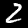
Digit: 2